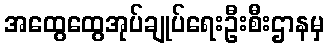
အထွေထွေအုပ်ချုပ်ရေးဦးစီးဌာနမှ